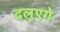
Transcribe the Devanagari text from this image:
दलुएगे